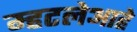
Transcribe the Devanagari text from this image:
म्हटलेआहे